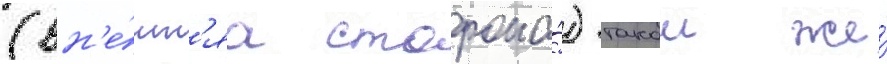
(вн'е́шн'яа сторона́) такои же́